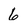
Character: 6